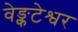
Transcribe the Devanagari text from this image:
वेङ्कटेश्वर